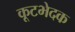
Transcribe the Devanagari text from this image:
कूटभेदक